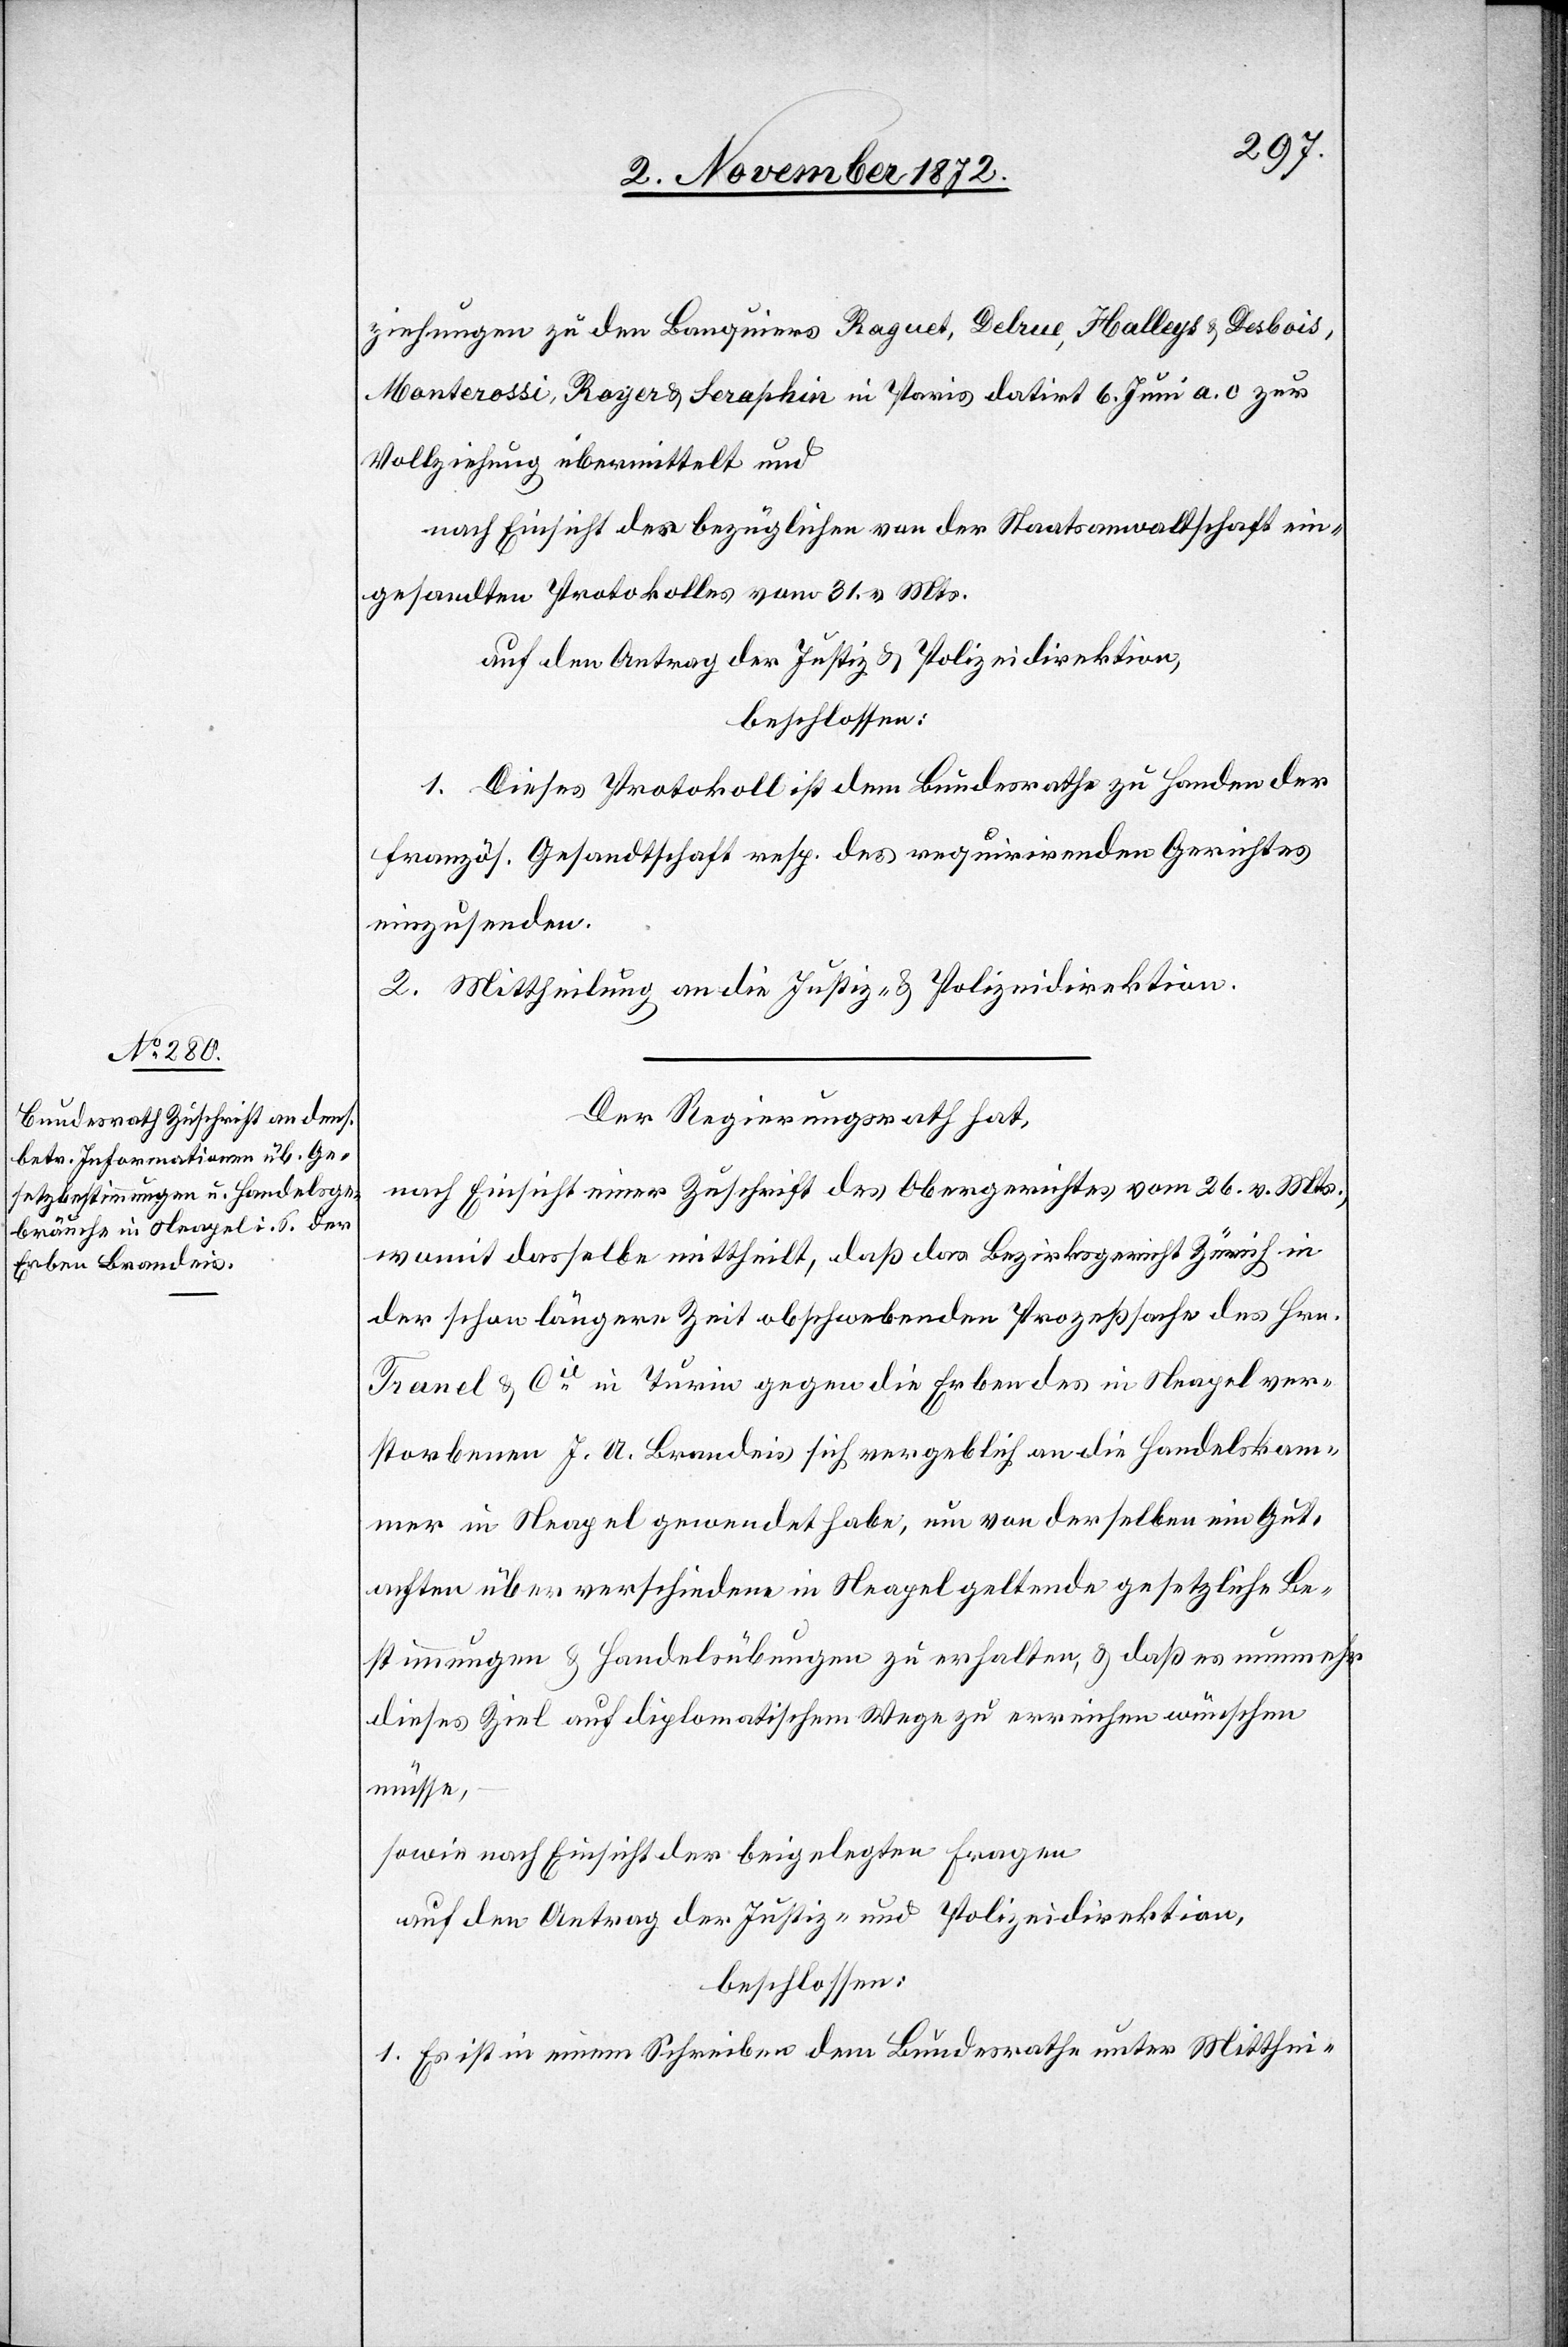
5. November 1872.]
ziehungen zu den Banquiers Raguet, Delrue, Halleys u. Desbois,
Monterossi, Royer u. Seraphin in Paris datirt 6. Juni a. c. zur
Vollziehung übermittelt und
nach Einsicht des bezüglichen von der Staatsanwaltschaft ein¬
gesandten Protokolls vom 31. v. Mts.
auf den Antrag der Justiz- u. Polizeidirektion,
beschlossen:
1. Dieses Protokoll ist dem Bundesrathe zu Handen der
französ. Gesandtschaft resp. des requirirenden Gerichtes
einzusenden.
2. Mittheilung an die Justiz- u. Polizeidirektion.
Der Regierungsrath hat,
nach Einsicht einer Zuschrift des Obergerichtes vom 26. v. Mts.,
womit dasselbe mittheilt, daß das Bezirksgericht Zürich in
der schon längere Zeit obschwebenden Prozeßsache des Hrn.
Tranel u. Cie in Turin gegen die Erben des in Neapel ver¬
storbenen J. A. Brandeis sich vergeblich an die Handelskam¬
mer in Neapel gewendet habe, um von derselben ein Gut¬
achten über verschiedene in Neapel geltende gesetzliche Be¬
stimmungen u. Handelsübungen zu erhalten, u. daß es nunmehr
dieses Ziel auf diplomatischem Wege zu erreichen wünschen
müsse,
sowie nach Einsicht der beigelegten Fragen
auf den Antrag der Justiz- und Polizeidirektion,
beschlossen:
1. Es ist in einem Schreiben dem Bundesrathe unter Mitthei-